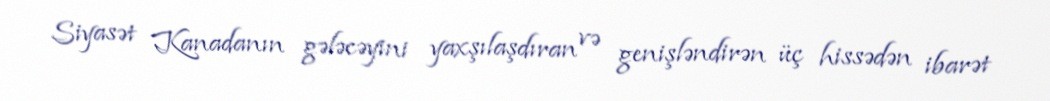
Siyasət Kanadanın gələcəyini yaxşılaşdıran və genişləndirən üç hissədən ibarət